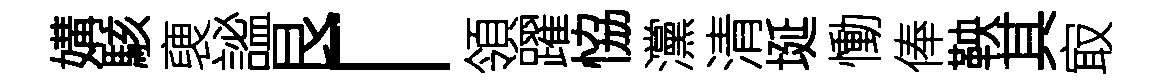
媾駭褏謐艮「領躍恊灙清埏慟俸鞅其㝡